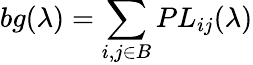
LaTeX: bg(\lambda)=\sum_{i,j\in B}PL_{ij}(\lambda)